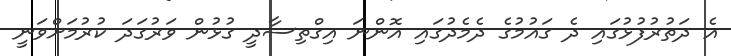
އެ ދަތުރުފުޅުގައި ދެ ގައުމުގެ ދެމެދުގައި އޮންނަ އިގްތިސާދީ ގުޅުން ވަރުގަދަ ކުރުމަށްވަނީ